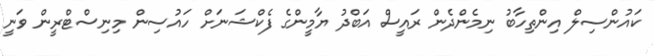
ކައުންސިލް އިންތިހާބު ނިމެންދެން ރައީސް އަބްދު ޔާމީންގެ ފެކްޝަނަށް ހައުސިން މިނިސްޓްރީން ވަނީ